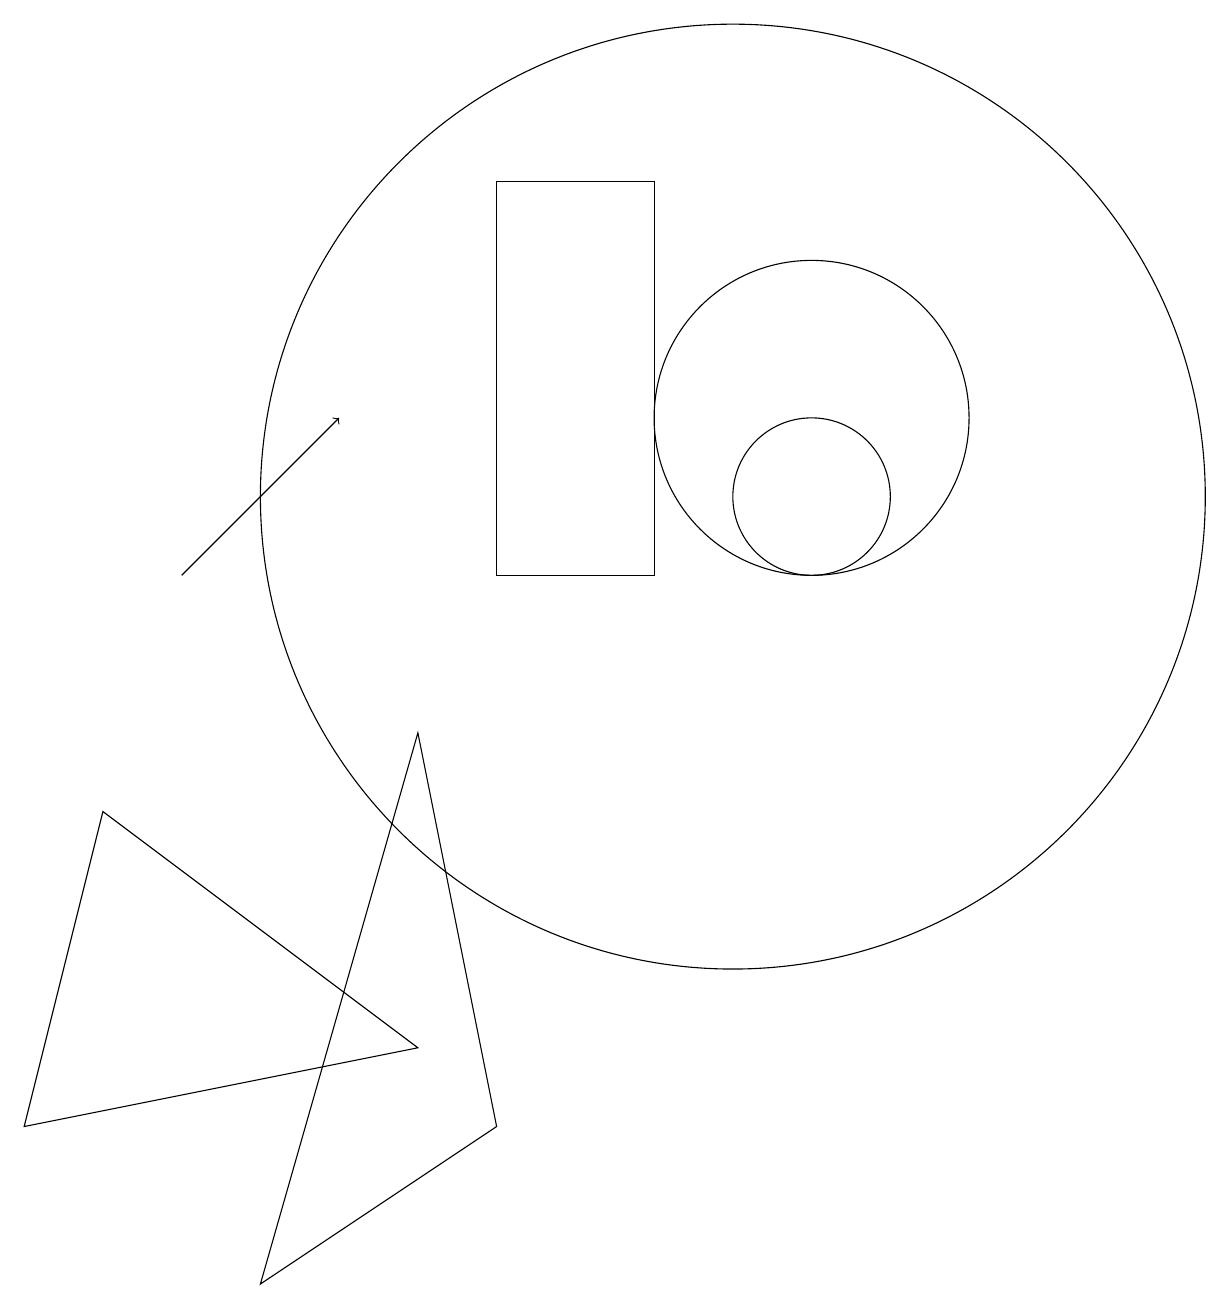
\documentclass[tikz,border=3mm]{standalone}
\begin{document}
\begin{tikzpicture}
\draw (7,3) -- (4,1) -- (6,8) -- cycle;
\draw (10,11) circle (6);
\draw[->] (3,10) -- (5,12);
\draw (11,11) circle (1);
\draw (7,15) rectangle (9,10);
\draw (6,4) -- (2,7) -- (1,3) -- cycle;
\draw (11,12) circle (2);
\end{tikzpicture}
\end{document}